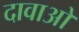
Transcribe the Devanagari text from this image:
दावाओ